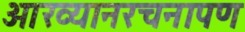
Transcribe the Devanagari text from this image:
आख्यानरचनापण